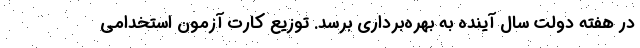
در هفته دولت سال آینده به بهره‌برداری برسد. توزیع کارت آزمون استخدامی